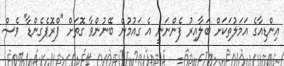
އިންޑިއާގެ އަމަލުތަކަށް ބަލާއިރު ފެންނަނީ އެ ގައުމުން ބޭނުންވާ ގޮތަށް "ޕްރޮޕެގެންޑާ" ވެސް